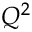
Q ^ { 2 }